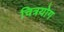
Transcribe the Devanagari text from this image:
चित्रयोग